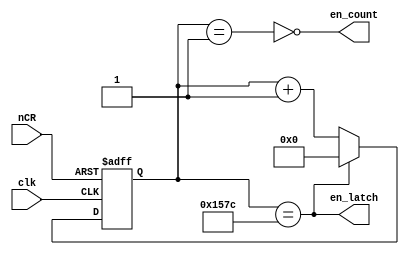
module en(clk,en_count,en_latch,nCR);

input clk,nCR;
output en_count;
output en_latch;

reg [19:0] cnt;

parameter cnt_adder=50;    //counter to get en_count
parameter cnt_en=5450;       //counter to get en_latch
parameter cnt_all=5500;      //overall count cycle

always@(posedge clk or negedge nCR)
begin 
	if(~nCR)
		cnt<=0;
	else if(cnt==cnt_all)
		cnt<=0;
	else
		cnt<=cnt+1'b1;
end

assign en_count=~(cnt==20'b1);
assign en_latch=(cnt==cnt_all);

endmodule